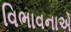
વિભાવનાએ